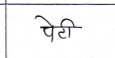
मजकूर: पेटी